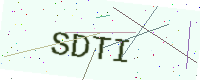
Text: SDTI